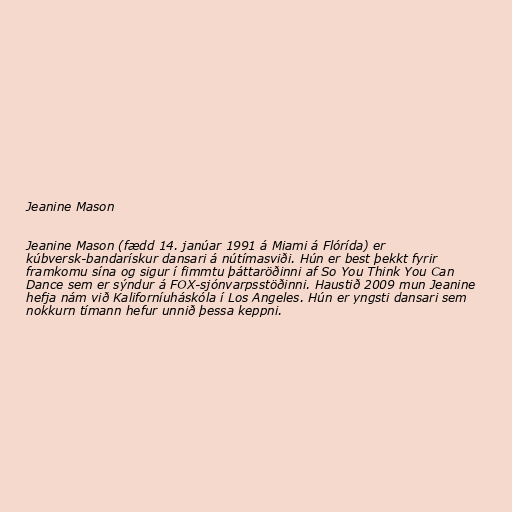
Jeanine Mason

Jeanine Mason (fædd 14. janúar 1991 á Miami á Flórída) er
kúbversk-bandarískur dansari á nútímasviði. Hún er best þekkt fyrir
framkomu sína og sigur í fimmtu þáttaröðinni af So You Think You Can
Dance sem er sýndur á FOX-sjónvarpsstöðinni. Haustið 2009 mun Jeanine
hefja nám við Kaliforníuháskóla í Los Angeles. Hún er yngsti dansari sem
nokkurn tímann hefur unnið þessa keppni.